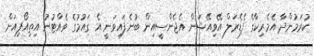
ކުރަމުންދާ އެމެރިކާގެ ފެޑެރަލް އޭވިއޭޝަން އެޖެންސީއިން ބުނެފައިވަނީ އެ ގައުމުގެ ވެއްޓުނު އިތިއޯޕިިއަން